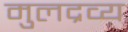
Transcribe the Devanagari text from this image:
मुलद्रव्य